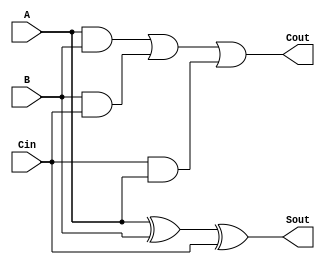
`timescale 1ns / 1ps
//////////////////////////////////////////////////////////////////////////////////
// Company: 
// Engineer: 
// 
// Design Name: 
// Module Name: full_adder
// Project Name: 
// Target Devices: 
// Tool Versions: 
// Description: 
// 
// Dependencies: 
// 
// Revision:
// Revision 0.01 - File Created
// Additional Comments:
// 
//////////////////////////////////////////////////////////////////////////////////


module full_adder(Sout,Cout,A,B,Cin);
input A,B,Cin;
output Sout,Cout;
assign Sout= A^B^Cin;
assign Cout= A&B|B&Cin|Cin&A;

endmodule